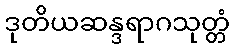
ဒုတိယဆန္ဒရာဂသုတ္တံ